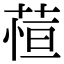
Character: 𬝖